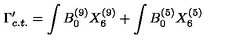
\Gamma _ { c . t . } ^ { \prime } = \int B _ { 0 } ^ { ( 9 ) } X _ { 6 } ^ { ( 9 ) } + \int B _ { 0 } ^ { ( 5 ) } X _ { 6 } ^ { ( 5 ) }